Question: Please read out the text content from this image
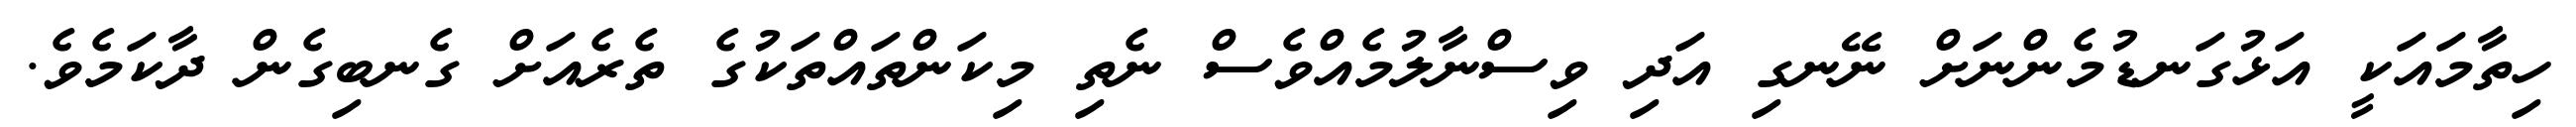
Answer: ހިތާމައަކީ އަޅުގަނޑުމެންނަށް ނޭނގި އަދި ވިސްނާލުމެއްވެސް ނެތި މިކަންތައްތަކުގެ ތެރެއަށް ގެނބިގެން ދާކަމެވެ.